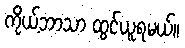
ကိုယ့်ဘာသာ ထွင်ယူရမယ်။